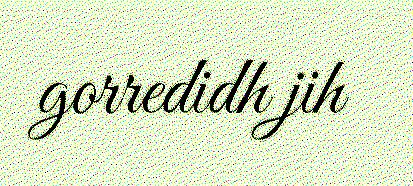
gorredidh jih